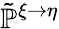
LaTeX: \tilde{\mathbb{P}}^{\xi\rightarrow\eta}